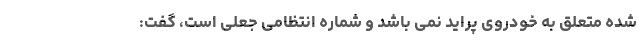
شده متعلق به خودروی پراید نمی باشد و شماره انتظامی جعلی است، گفت: